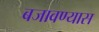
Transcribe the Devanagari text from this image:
बजावण्यास